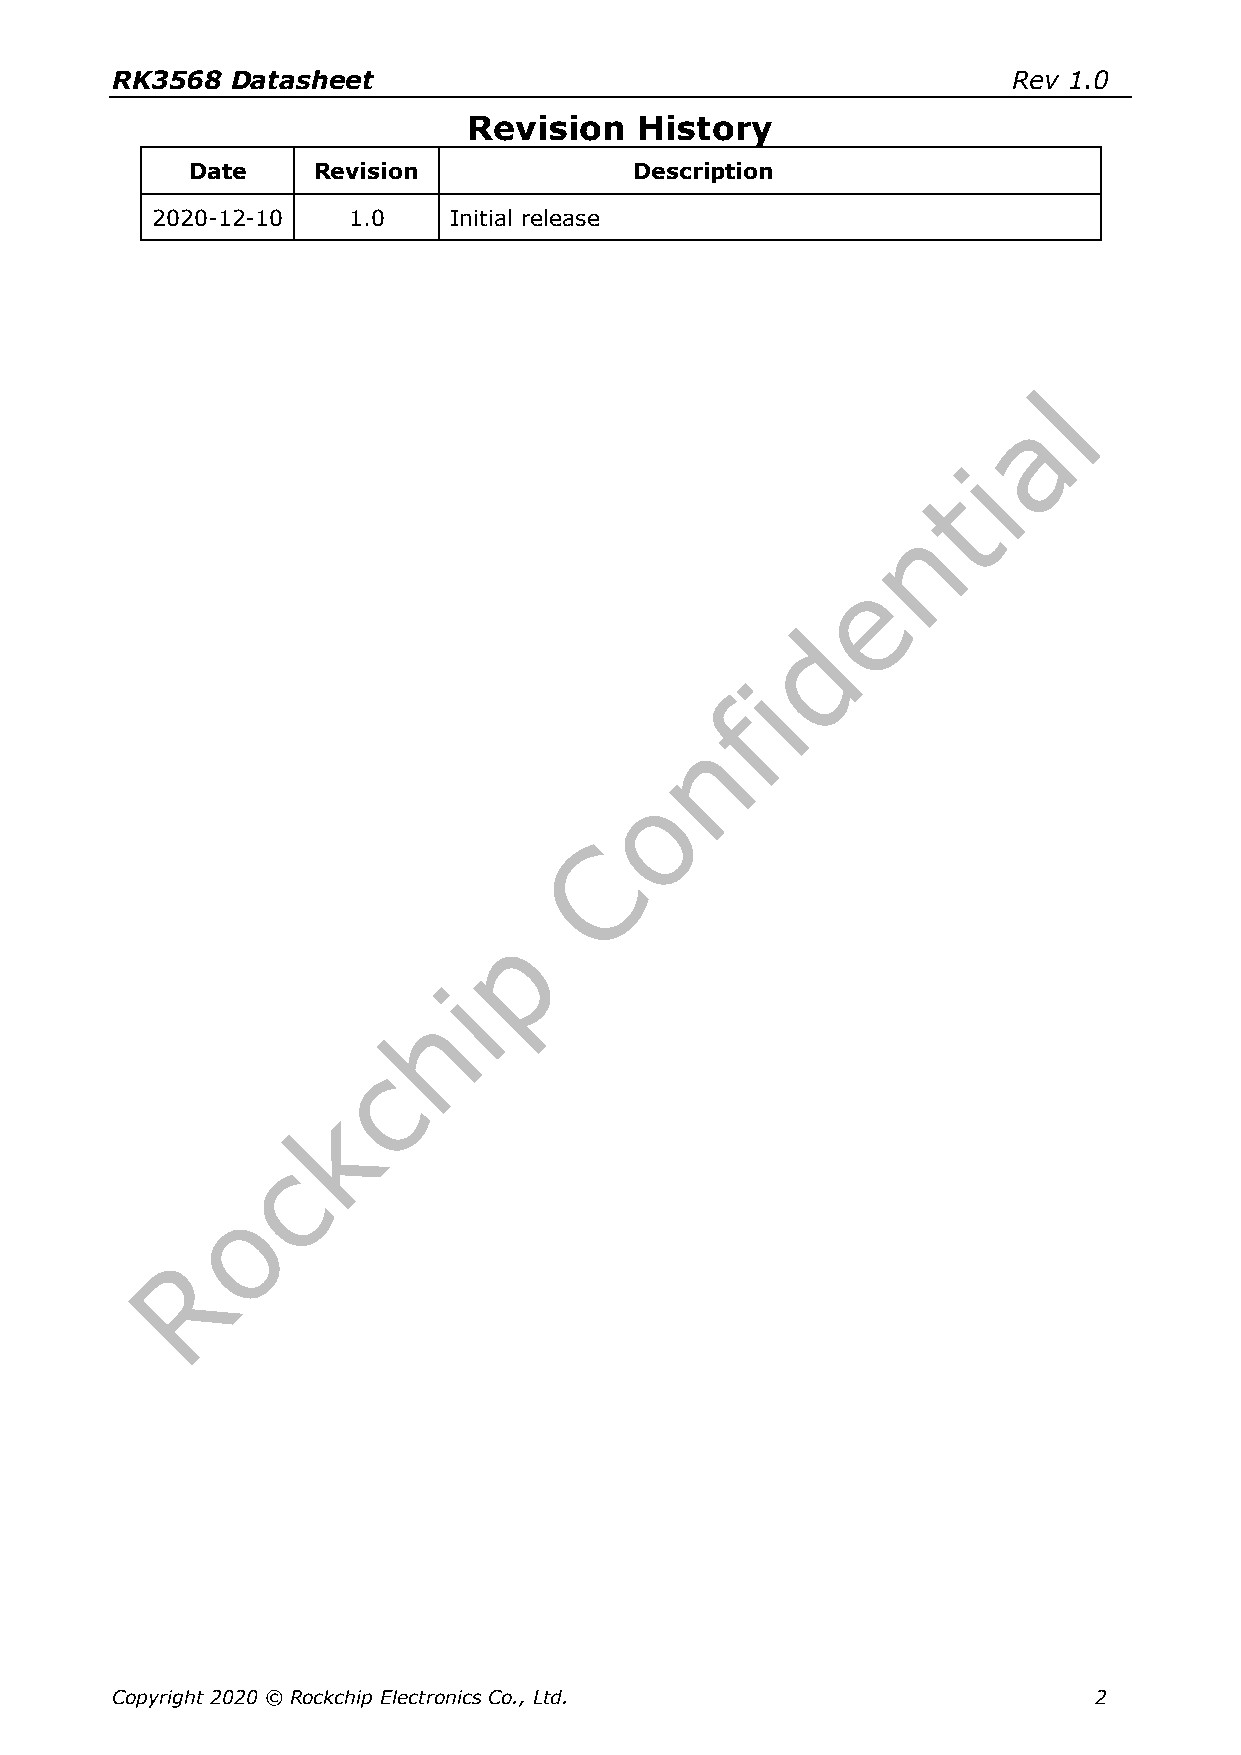
RK3568  Datasheet                                           Rev 1.0
 Revision   History
 Date     Revision             Description
 2020-12-10   1.0    Initial release
 Copyright 2020 © Rockchip Electronics Co., Ltd.                  2